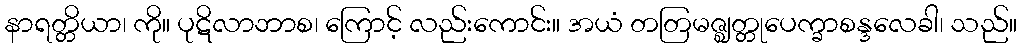
နာရတ္တိယာ၊ ကို။ ပုဋိလာဘာစ၊ ကြောင့် လည်းကောင်း။ အယံ တတြမဇ္ဈတ္တုပေက္ခာစန္ဒလေခါ၊ သည်။